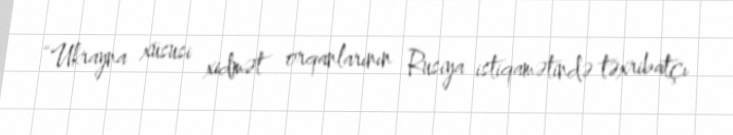
“Ukrayna xüsusi xidmət orqanlarının Rusiya istiqamətində təxribatçı